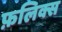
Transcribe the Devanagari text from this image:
फ़लिक्स